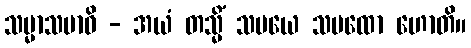
သမ္မာသမာဓိ - အယံ တသ္မိံ သမယေ သမထော ဟောတိ။